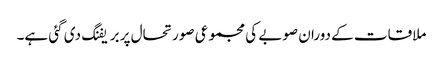
ملاقات کے دوران صوبے کی مجموعی صورتحال پر بریفنگ دی گئی ہے۔